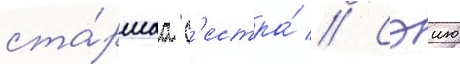
ста́ршаа с'естра́ // Сэию